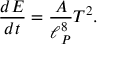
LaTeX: { \frac { d E } { d t } } = \frac { A } { \ell _ { P } ^ { 8 } } T ^ { 2 } .